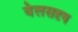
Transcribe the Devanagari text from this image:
वेलसदृष